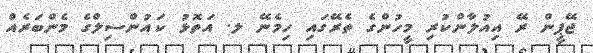
ޖޭޕީން ރޭ އިއުލާންކުރި މީހުންގެ ތެރޭގައި ހިމެނޭ ލ. އަތޮޅު ކައުންސިލްގެ މެންބަރެއް